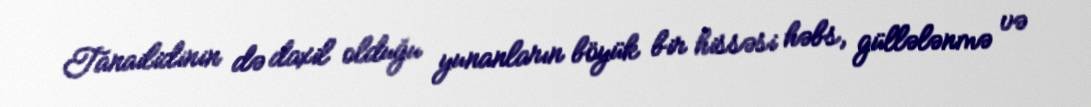
Tanailidinin də daxil olduğu yunanların böyük bir hissəsi həbs, güllələnmə və